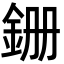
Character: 銏